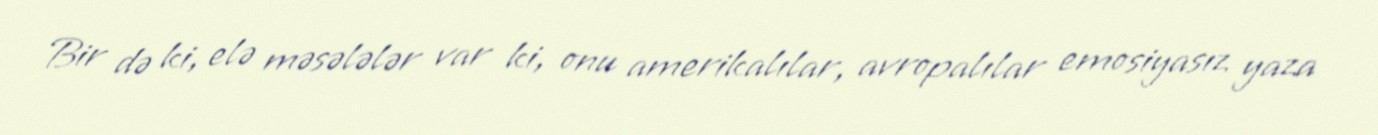
Bir də ki, elə məsələlər var ki, onu amerikalılar, avropalılar emosiyasız yaza